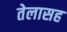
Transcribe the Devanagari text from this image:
तेलासह